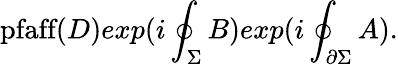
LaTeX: \textup{pfaff}(D)exp(i\oint_{\Sigma}B)exp(i\oint_{\partial\Sigma}A).